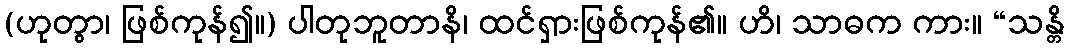
(ဟုတွာ၊ ဖြစ်ကုန်၍။) ပါတုဘူတာနိ၊ ထင်ရှားဖြစ်ကုန်၏။ ဟိ၊ သာဓက ကား။ “သန္တိ